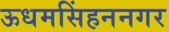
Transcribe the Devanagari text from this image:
ऊधमसिंहननगर